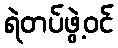
ရဲတပ်ဖွဲ့ဝင်